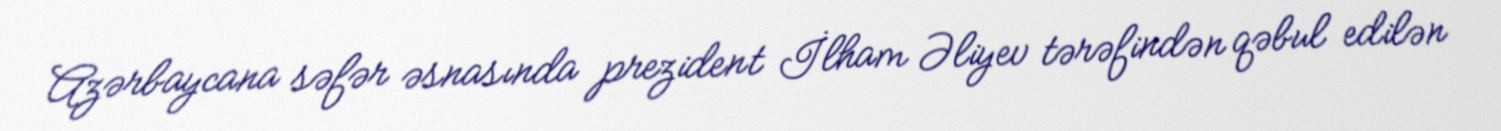
Azərbaycana səfər əsnasında prezident İlham Əliyev tərəfindən qəbul edilən